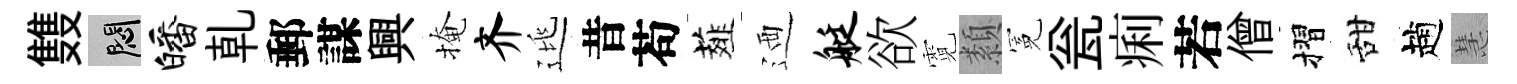
䨇悶皤乹郵謀興掩齐逃昔苟薤迺艇欲霓纇冕瓮痢若僧摺甜趙慧